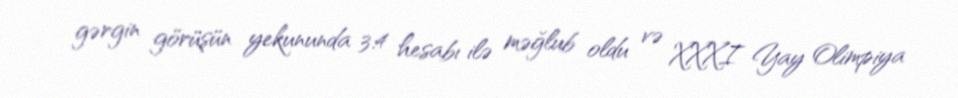
gərgin görüşün yekununda 3:4 hesabı ilə məğlub oldu və XXXI Yay Olimpiya